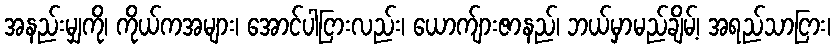
အနည်းမျှကို၊ ကိုယ်ကအများ၊ အောင်ပါငြားလည်း၊ ယောက်ျားဇာနည်၊ ဘယ်မှာမည်ချိမ့်၊ အရည်သာငြား၊